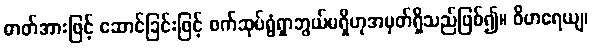
ဓာတ်အားဖြင့် ဆောင်ခြင်းဖြင့် စက်ဆုပ်ရွံရှာဘွယ်မရှိဟုအမှတ်ရှိသည်ဖြစ်၍။ ဝိဟရေယျ၊